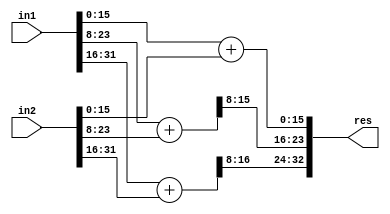
`timescale 1ns / 1ps
//////////////////////////////////////////////////////////////////////////////////
// Company: 
// Engineer: 
// 
// Create Date:    
// Design Name: 
// Module Name:    ACA_II_N32_Q16 
// Project Name: 
// Target Devices: 
// Tool versions: 
// Description: 
//
// Dependencies: 
//
// Revision: 
// Revision 0.01 - File Created
// Additional Comments: 
//
//////////////////////////////////////////////////////////////////////////////////
module ACA_II_N32_Q16(
    input [31:0] in1,
    input [31:0] in2,
    output [32:0] res
    );

wire [16:0] temp1, temp2, temp3;

assign temp1[16:0] = in1[15:0] + in2[15:0];
assign temp2[16:0] = in1[23:8] + in2[23:8];
assign temp3[16:0] = in1[31:16] + in2[31:16];

assign res[32:0] = {temp3[16:8],temp2[15:8],temp1[15:0]};

endmodule